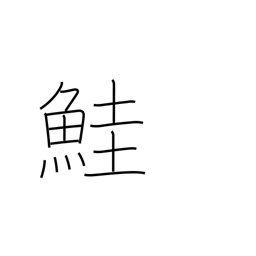
Meaning: salmon